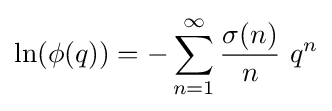
\ln(\phi (q))=-\sum _{n=1}^{\infty }{\frac {\sigma (n)}{n}}\ q^{n}